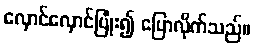
လှောင်လှောင်ပြုံး၍ ပြောလိုက်သည်။